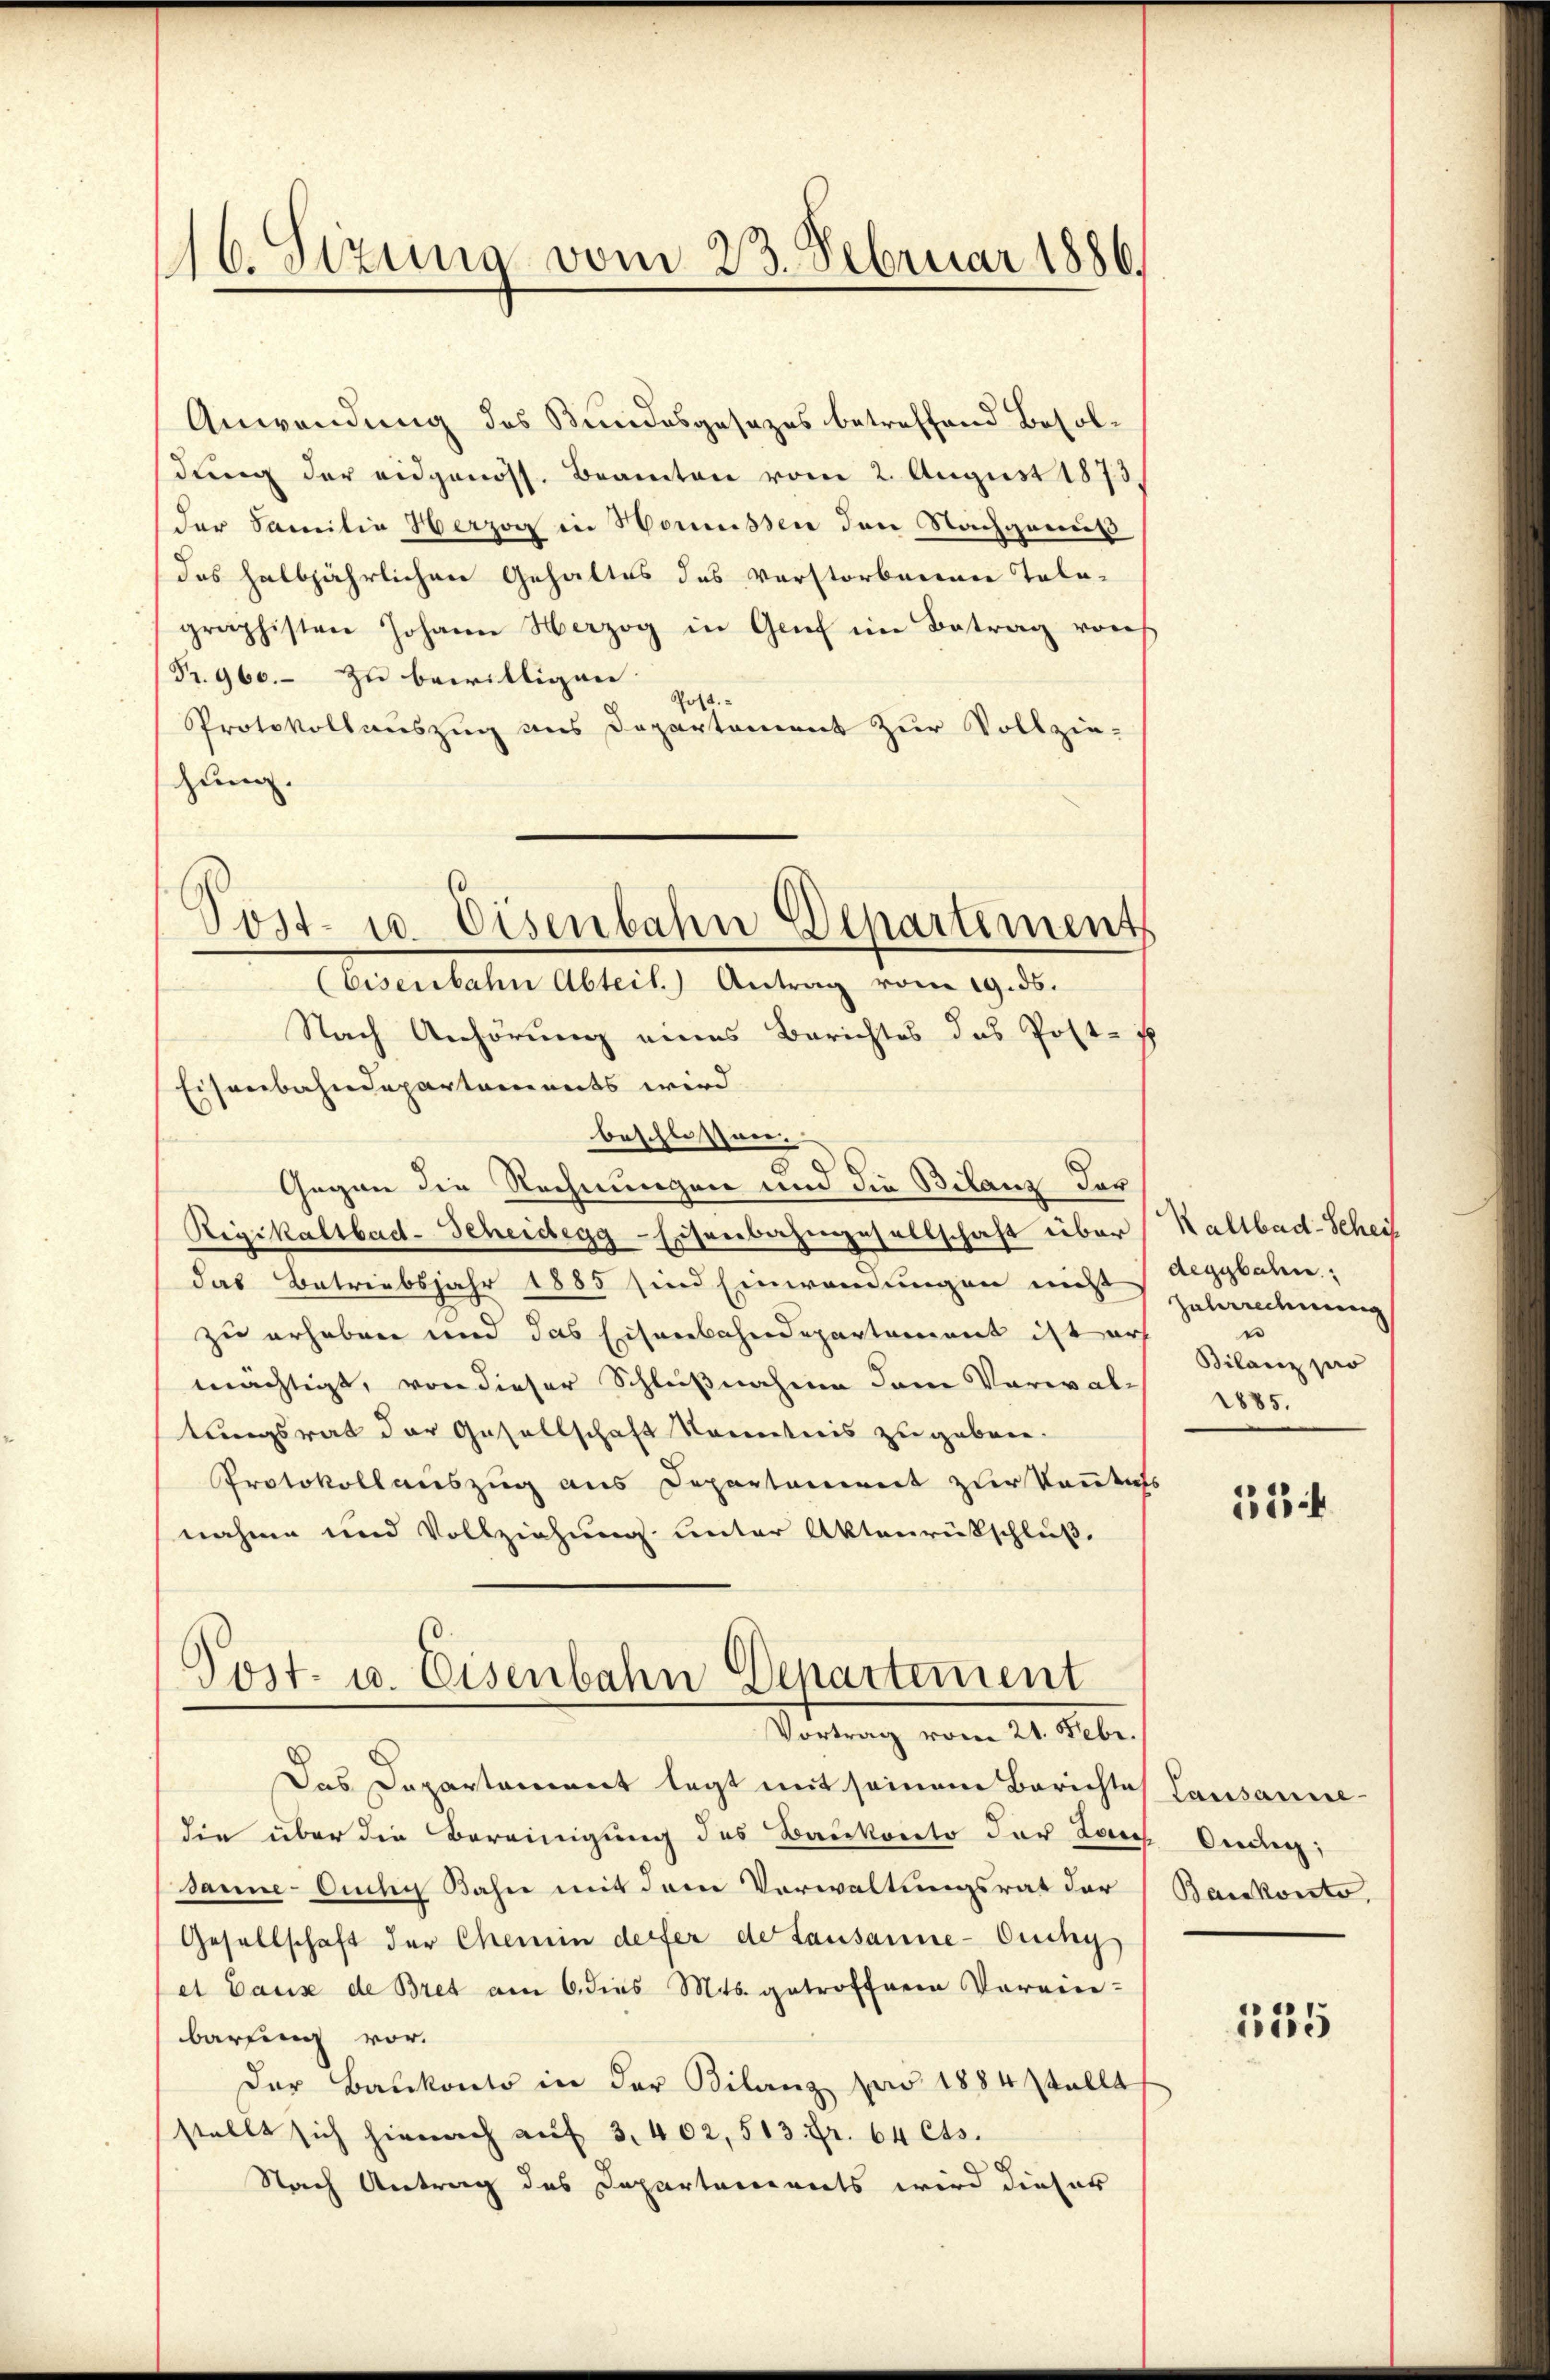
116. Sizung vom 23. Februar 1886.

Post- u. Eisenbahn Departements
(Eisenbahn Abteil) Antrag vom 19. ds.

Anwendung des Bundesgesezes betreffend Besoldung der eidgenöss. Beamten vom 2. August 1873,
der Familie Herzog in Homüssen den Nachgenuß
(des halbjährlichen Gehaltes des Verstorbenen Tala-
graphisten Johann Herzog in Genf im Betrag von
Fr. 960. – zu bewilligen.
Post.
Protokollauszug ans Departement zur Vollziehung.
Nach Anhörung eines Berichtes das Post-
Eisenbahndepartements wird
beschlossnen.
Gegen die Rechnungen und die Bilanz der
Rigikaltbad-Scheidegg-Eisenbahngesellschaft über
das Betriebsjahr 1885 sind Einwendungen nicht Aegybahn;
zu erheben und das Eisenbahndepartement ist erh
mächtigt, von dieser Schlußnahme dem Verwaltungsrat der Gesellschaft kanntnis zugeben.
Protokollauszug aus Departement zur konntahs
nahme und Vollziehung unter Aktenrückschluß,

Post- u. Eisenbahn Departement
Vortrag vom 21. Febr.

Rallbad-Schei
Zahrrechnung
n
Bilanz pro
1885.

Das Departement legt mit seinem Berichtes Lausannedie über die Bereinigung des Baukonto der Lauf Ordig
sanne Ouchy Bahn mit dem Verwaltungsrat der
Gesellschaft der Chemin derfer de Lausanne-Ouchy
et Pause de Bret am 6. dies Mts. getroffenen Verein-
barfing vor.
Der Baŭkonto in der Bilanz par 1884 stellt
stellt sich hienach aŭf 3. 402, 513 Fr. 64 Cts.
Nach Antrag des Departanenets wird dieser

124

Baiskonto,

135